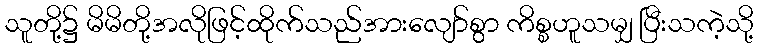
သူတို့၌ မိမိတို့အလိုဖြင့်ထိုက်သည်အားလျော်စွာ ကိစ္စဟူသမျှ ပြီးသကဲ့သို့